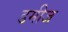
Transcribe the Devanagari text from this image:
डमीज